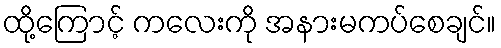
ထို့ကြောင့် ကလေးကို အနားမကပ်စေချင်။